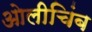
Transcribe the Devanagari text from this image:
ओलीचिंब